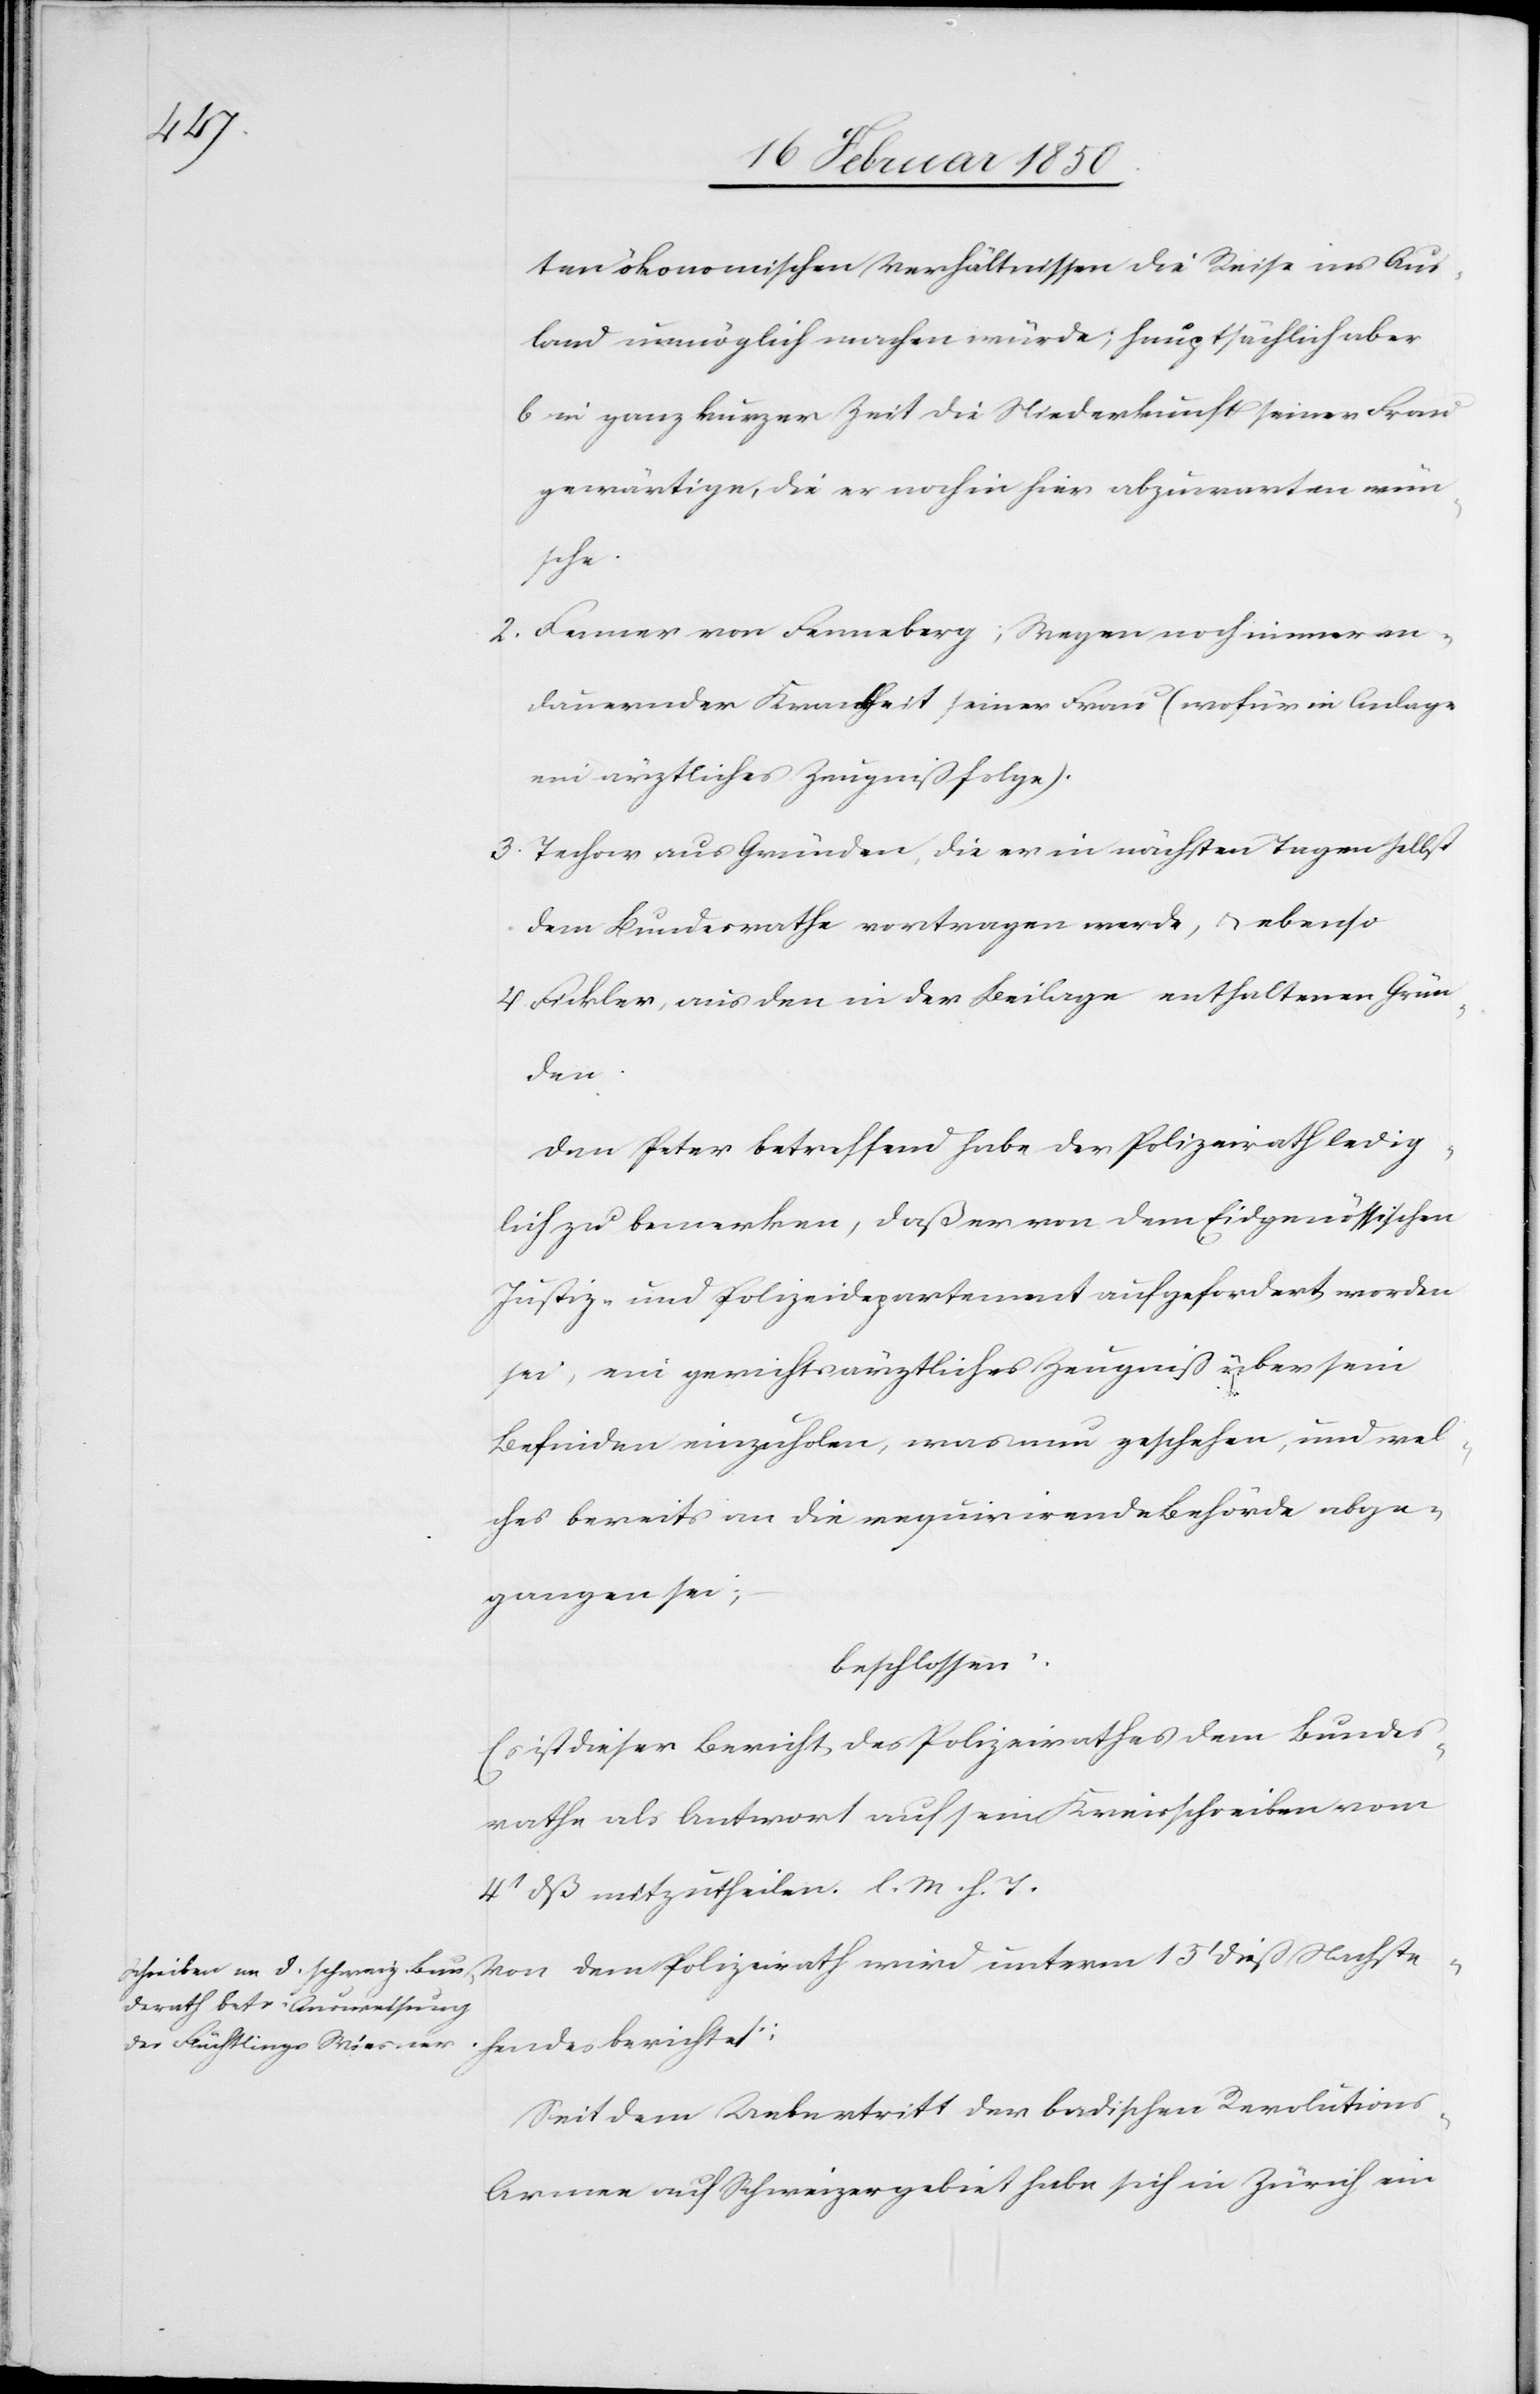
ten ökonomischen Verhältnissen die Reise ins Aus¬
land unmöglich machen würde; hauptsächlich aber
b in ganz kurzer Zeit die Niederkunft seiner Frau
gewärtige, die er noch in hier abzuwarten wün¬
sche.
2. Fenner von Fenneberg; Wegen noch immer an¬
dauernder Krankheit seiner Frau (wofür in Anlage
ein ärztliches Zeugniß folge).
3. Techow aus Gründen, die er in nächsten Tagen selbst
dem Bundesrathe vortragen werde, u. ebenso
4 Fickler, aus den in der Beilage enthaltenen Grün¬
den.
Den Peter betreffend habe der Polizeirath ledig¬
lich zu bemerken, daß er von dem Eidgenössischen
Justiz- und Polizeidepartement aufgefordert worden
sei, ein gerichtsärztliches Zeugniß über sein
Befinden einzuholen, was nun geschehen, und wel¬
ches bereits an die requirirende Behörde abge¬
gangen sei;
beschlossen:
Es ist dieser Bericht des Polizeirathes dem Bundes¬
rathe als Antwort auf sein Kreisschreiben vom
4t dß mitzutheilen. l. M. v. T.
Von dem Polizeirath wird unterm 15t dieß Nachste¬
hendes berichtet:
Seit dem Uebertritt der badischen Revolutions-A¬
rmee auf Schweizergebiet habe sich in Zürich ein